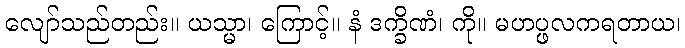
လျော်သည်တည်း။ ယသ္မာ၊ ကြောင့်။ နံ ဒက္ခိဏံ၊ ကို။ မဟပ္ဖလကရတာယ၊